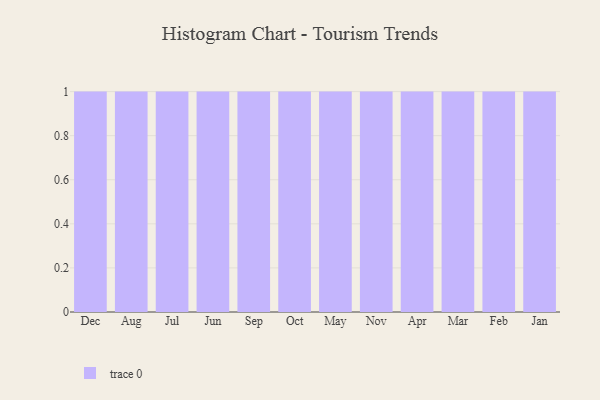
{"axis": {"x": "Month", "y": "LTV (USD)"}, "legend": [""], "data": [{"x": "Dec", "y": 29, "type": ""}, {"x": "Aug", "y": 21, "type": ""}, {"x": "Jul", "y": 67, "type": ""}, {"x": "Jun", "y": 100, "type": ""}, {"x": "Sep", "y": 26, "type": ""}, {"x": "Oct", "y": 6, "type": ""}, {"x": "May", "y": 7, "type": ""}, {"x": "Nov", "y": 47, "type": ""}, {"x": "Apr", "y": 31, "type": ""}, {"x": "Mar", "y": 83, "type": ""}, {"x": "Feb", "y": 55, "type": ""}, {"x": "Jan", "y": 33, "type": ""}]}